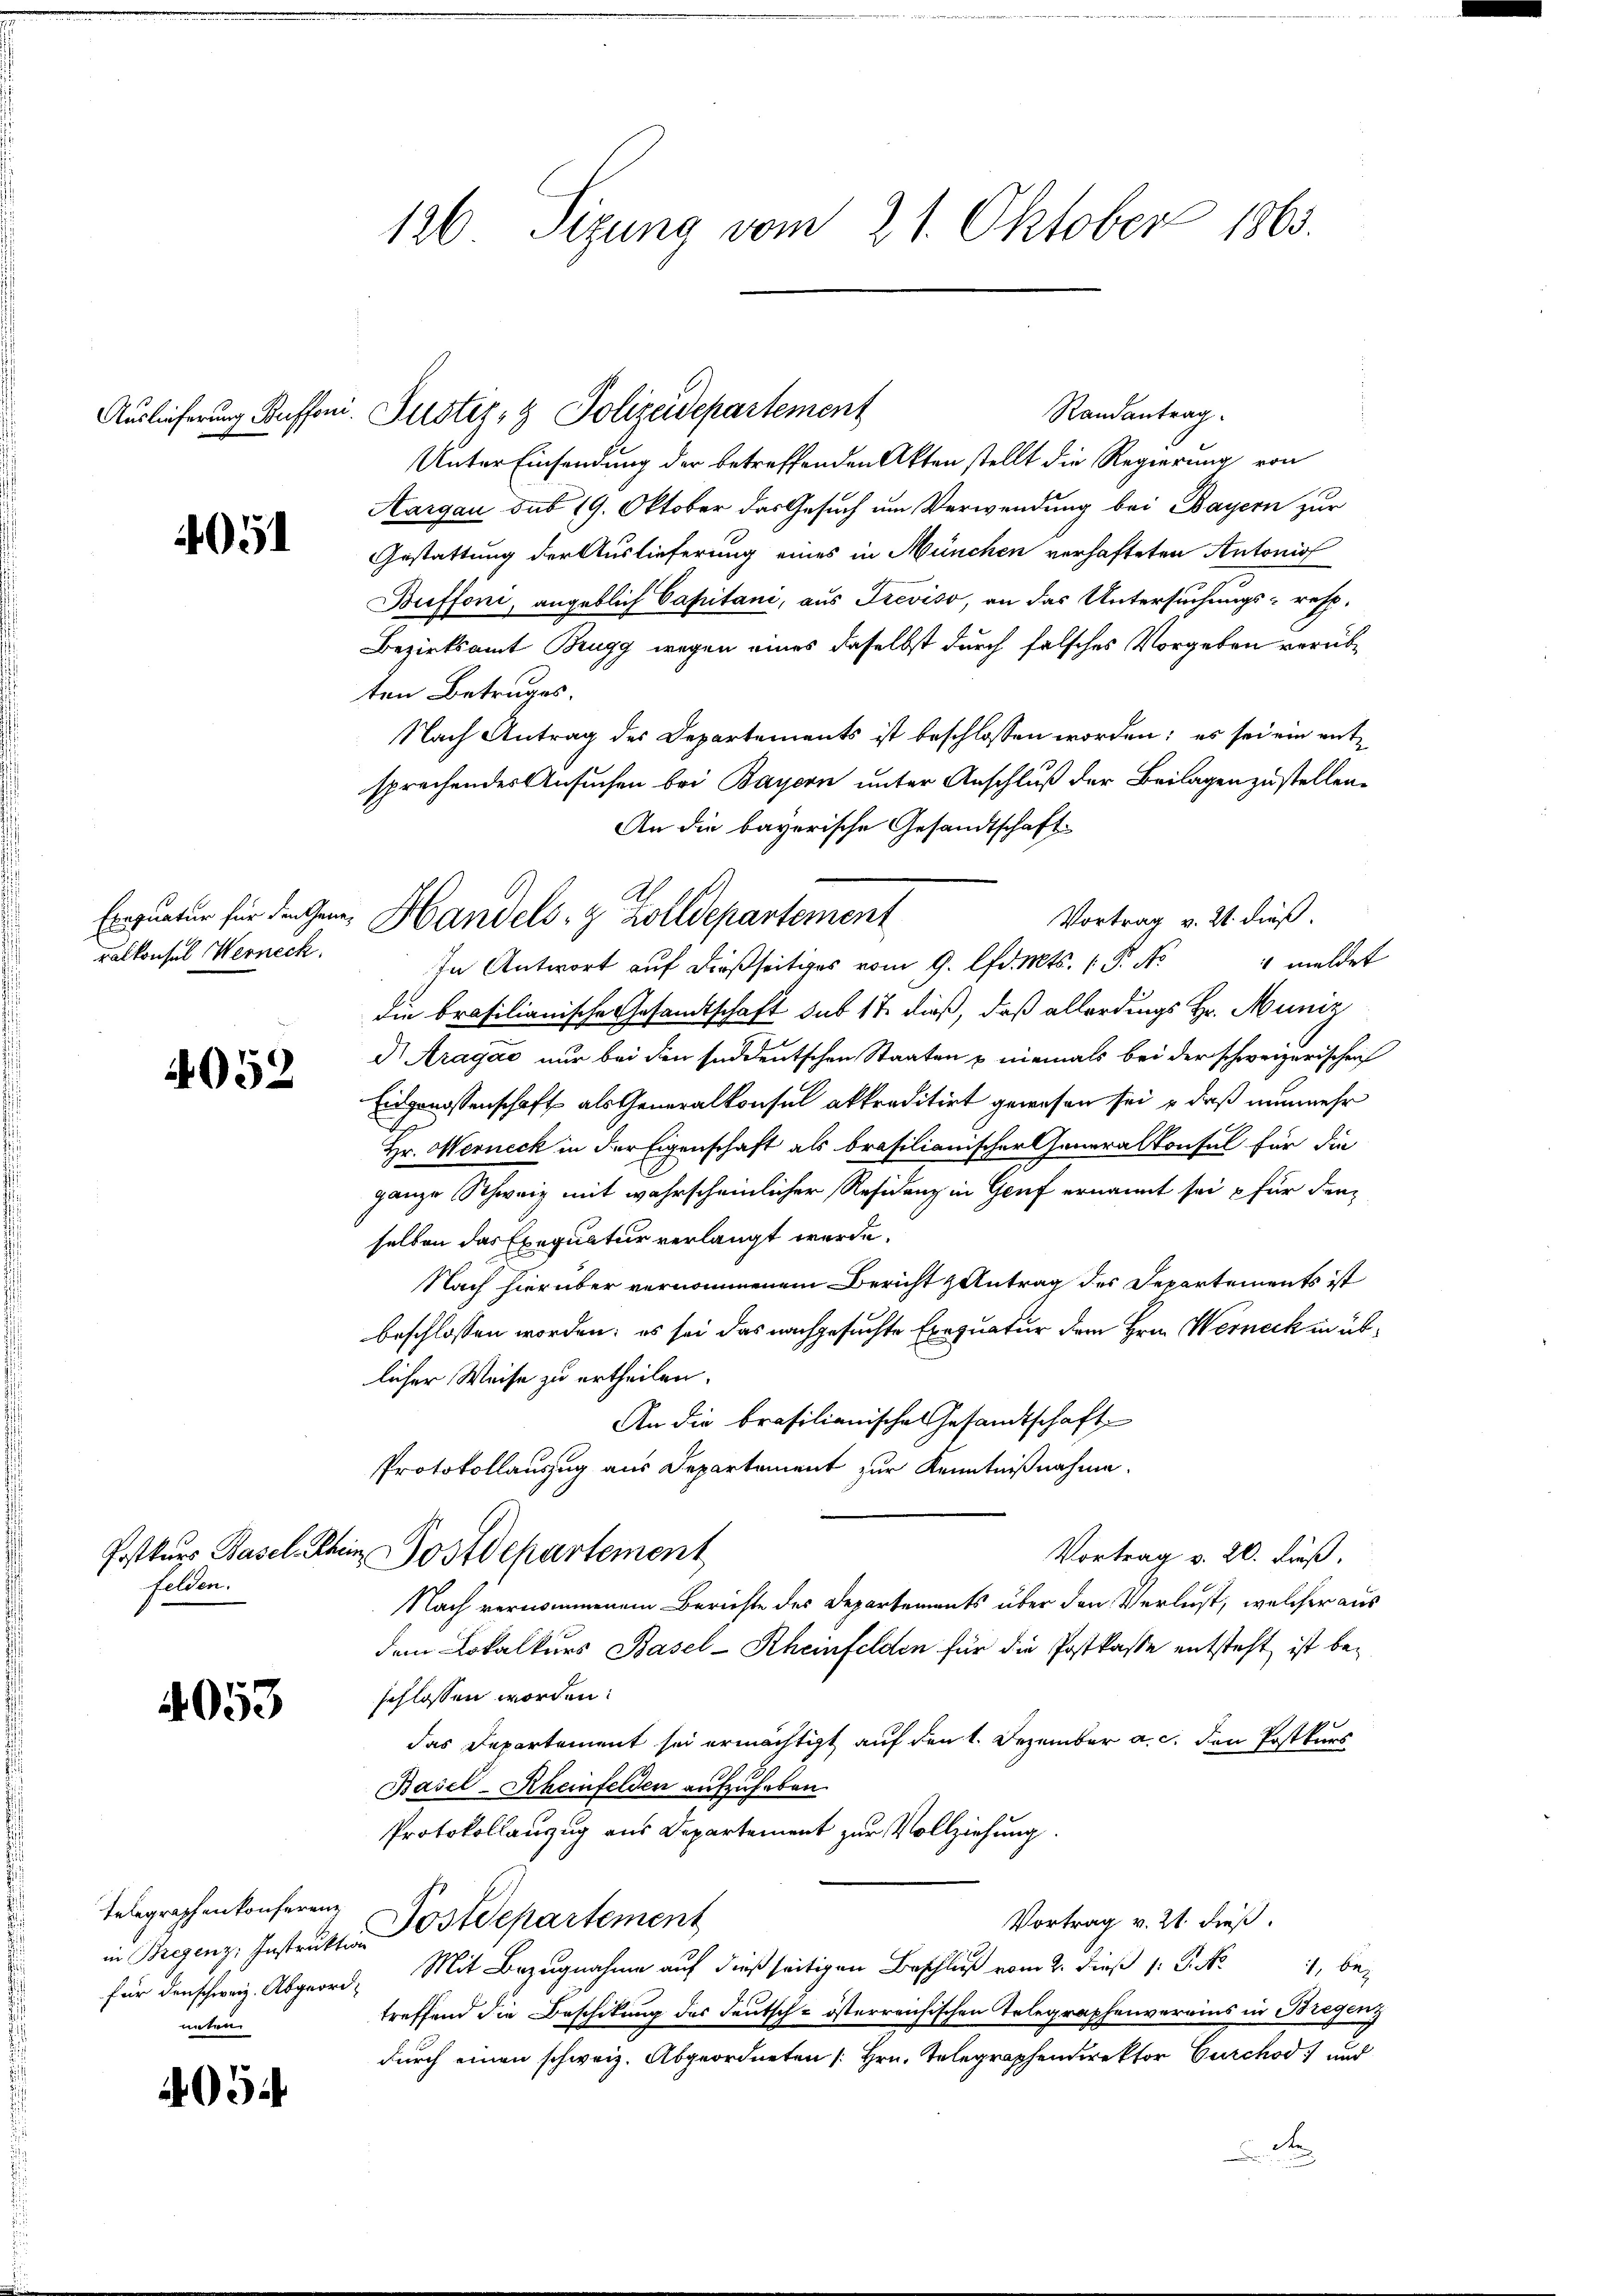
405

ralkonsul Werneck.

4052

felden.

4053

Telegraphen konferenz
nnten.

2954

126 Sizung vom 21. Oktober 1863.

Randantrag
Unter Einsendung der betreffenden Akten stellt die Regierung von
Aargau sub 19. Oktober das Gesuch um Verwendung bei Bayern zur
Gestattung der Auslieferung eines in München verhafteten Antonisf
Buffoni, angeblich Capitani, aus Treviso, an das Untersuchungs- resp.
Bezirksamt Brugg wegen eines daselbst durch falsches Vorgeben verübten Betruges.
Nach Antrag des Departements ist beschlossen worden; es sei ein entsprechendes Ansuchen bei Bayern unter Anschluß der Beilagen zustellen.
An die bayerische Gesandtschaft
Vortrag v. 21. dieß.
1 meldet
In Antwort auf dießseitiges vom 9. lfd. Mts. (T. No
die brasilianische Gesandtschaft sub 17 dieß, daß allerdings Hr. Muniz
d Aragac nur bei den süddeutschen Staaten u niemals bei der schweizerischen
Eidgenossenschaft als Generalkonsul akkreditirt gewesen sei , daß nunmehr
Hr. Werneck in der Eigenschaft als brasilianischer Generalkonsul für die
ganze Schweiz mit wahrscheinlicher Residenz in Genf ernannt sei für denselben das Exequatur verlangt werde.
Nach hierüber vernommenem Bericht antrag des Departements ist
beschlossen worden; es sei das nachgesuchte Exequatur dem Hrn. Werneck in üblicher Weise zu ertheilen.
An die brasilianische Gesandtschaft
Protokollauszug aus Departement zur Kenntnißnahme.
Postkurs Basel Schein Postdepartement
Vortrag v. 20. Fuß.
Nach vernommenem Berichte des Departements über den Verlust, welcher aus
dem Lokalkurs Basel-Rheinfelden für die Postkasse entsteht, ist beschlossen worden.
das Departement sei ermächtigt auf den 1. Dezember a. c. den Postkurs
Basel-Rheinfelden aufzuhaben.
Protokollanzug aus Departement zur Vollziehung.
Vortrag v. 21. dieß.
in Regenz, Instratten Postdepartement
., be
treffend die Beschikung des Deutsch-österreichischen Telegraphenvereins in Bregenz
durch einen schweiz. Abgeordneten [Hrn. Telegraphendirektor Curchod und
d
.

Auslieferung Buffen. Justiz- & Polizeidepartement

Exequatur für die Gen. Handels- & Zolldepartement